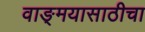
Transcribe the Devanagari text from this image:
वाङ्‌मयासाठीचा